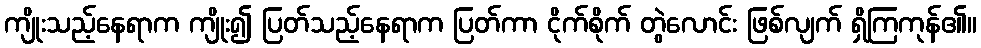
ကျိုးသည့်နေရာက ကျိုး၍ ပြတ်သည့်နေရာက ပြတ်ကာ ငိုက်စိုက် တွဲလောင်း ဖြစ်လျက် ရှိကြကုန်၏။